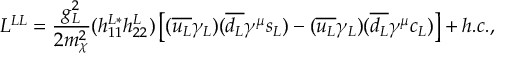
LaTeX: { \cal L } ^ { L L } = \frac { g _ { L } ^ { 2 } } { 2 m _ { \chi } ^ { 2 } } ( h _ { 1 1 } ^ { L * } h _ { 2 2 } ^ { L } ) \left[ ( \overline { { { u _ { L } } } } \gamma _ { L } ) ( \overline { { { d _ { L } } } } \gamma ^ { \mu } s _ { L } ) - ( \overline { { { u _ { L } } } } \gamma _ { L } ) ( \overline { { { d _ { L } } } } \gamma ^ { \mu } c _ { L } ) \right] + h . c . ,